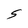
Character: S